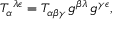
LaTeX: T _ { \alpha } { } ^ { \lambda \epsilon } = T _ { \alpha \beta \gamma } \, g ^ { \beta \lambda } \, g ^ { \gamma \epsilon } ,